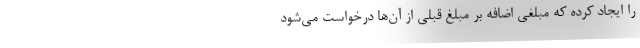
را ایجاد کرده که مبلغی اضافه بر مبلغ قبلی از آن‌ها درخواست می‌شود